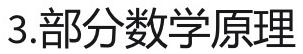
3.部分数学原理